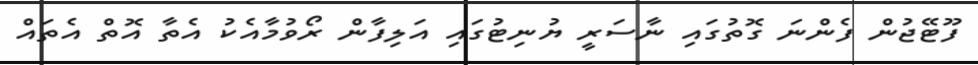
ފޫޓޭޖުން ފެންނަ ގޮތުގައި ނާސަރީ ޔުނިޓުގައި އަލިފާން ރޯވުމާއެކު އެތާ އޮތް އެތައް